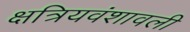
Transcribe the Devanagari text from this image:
क्षत्रियवंशावली